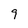
Character: 9